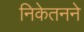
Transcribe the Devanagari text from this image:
निकेतनने